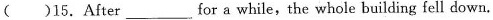
()15.After___for a while,the whole building fell down.